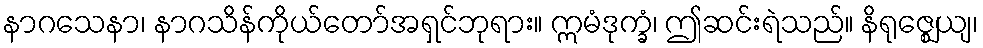
နာဂသေနာ၊ နာဂသိန်ကိုယ်တော်အရှင်ဘုရား။ ဣမံဒုက္ခံ၊ ဤဆင်းရဲသည်။ နိရုဇ္ဈေယျ၊